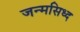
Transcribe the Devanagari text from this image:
जन्मसिध्द